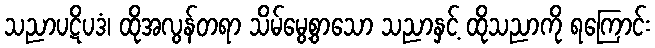
သညာပဋိပဒံ၊ ထိုအလွန်တရာ သိမ်မွေ့စွာသော သညာနှင့် ထိုသညာကို ရကြောင်း